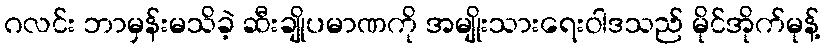
ဂလင်း ဘာမှန်းမသိခဲ့ ဆီးချိုပမာဏကို အမျိုးသားရေးဝါဒသည် မိုင်အိုက်မုန့်